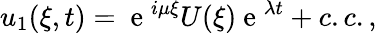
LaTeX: u_{1}(\xi,t)=\mathrm{~e~}^{i\mu\xi}U(\xi)\mathrm{~e~}^{\lambda t}+c.c.,